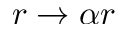
r \to \alpha r